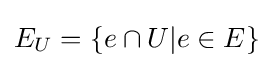
E_{U}=\{e\cap U|e\in E\}